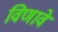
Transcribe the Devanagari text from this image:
विणावे